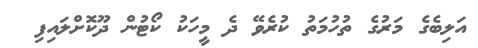
އަލިބެގެ މަރުގެ ތުހުމަތު ކުރެވޭ ދެ މީހަކު ކޯޓުން ދޫކޮށްލައިފި